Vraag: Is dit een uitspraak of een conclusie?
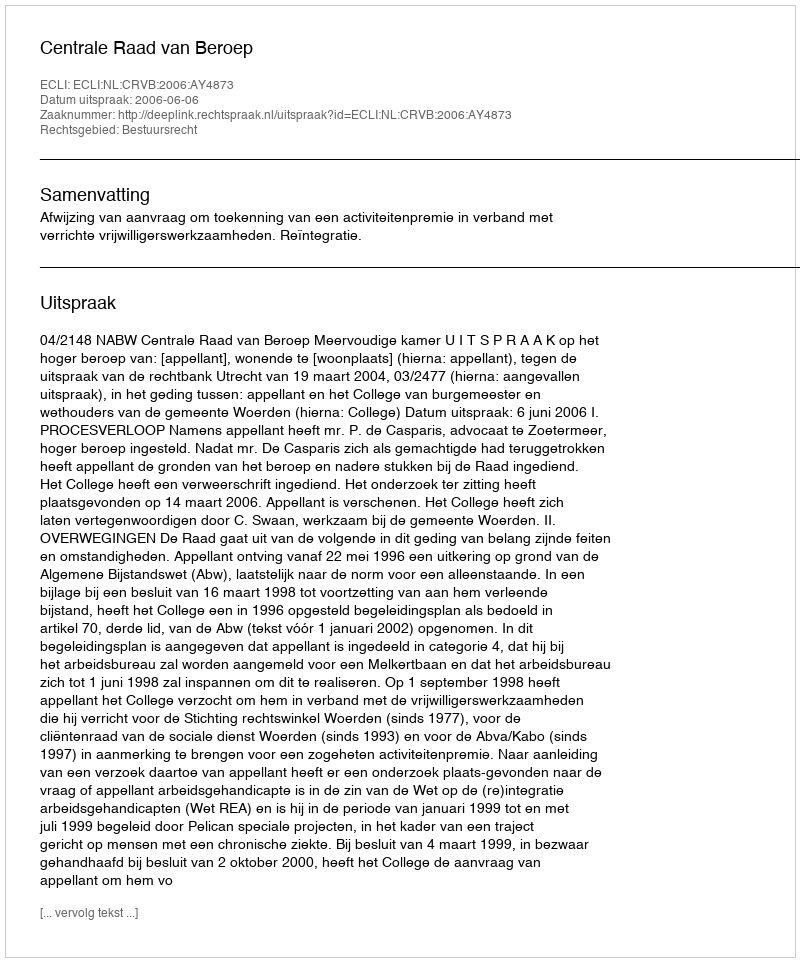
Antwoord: Uitspraak